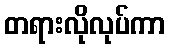
တရားလိုလုပ်ကာ